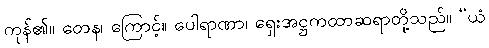
ကုန်၏။ တေန၊ ကြောင့်။ ပေါရာဏာ၊ ရှေးအဋ္ဌကထာဆရာတို့သည်။ “ယံ